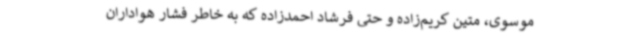
موسوی، متین کریم‌زاده و حتی فرشاد احمدزاده که به خاطر فشار هواداران